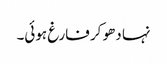
نہا دھو کر فارغ ہوئی۔